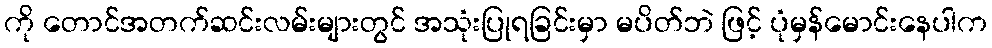
ကို တောင်အတက်ဆင်းလမ်းများတွင် အသုံးပြုရခြင်းမှာ မပိတ်ဘဲ ဖြင့် ပုံမှန်မောင်းနေပါက